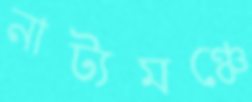
নাট্যমঞ্চে